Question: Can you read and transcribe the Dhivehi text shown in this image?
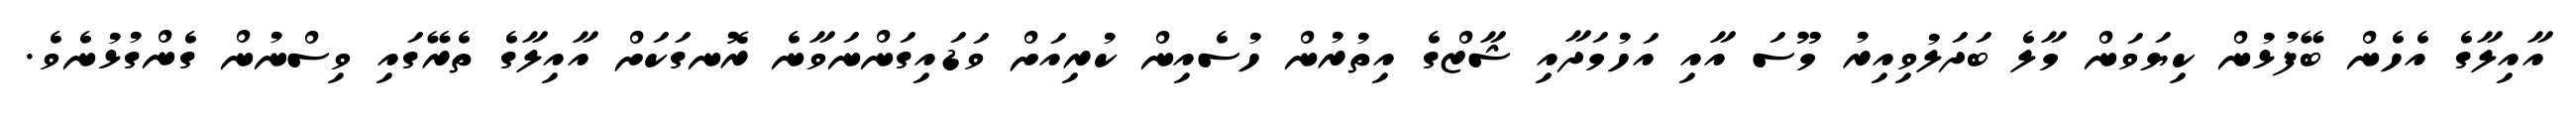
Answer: އާއިލާގެ އެހެން ބޭފުޅުން ކިޔަވަން މާލެ ބަދަލުވިއިރު މޫސަ އާއި އަހުމަދާއި ޝާޒްގެ އިތުރުން ހުސެއިން ކުރިއަށް ވަޑައިގަންނަވާނެ ރޮނގަކަށް އާއިލާގެ ތެރޭގައި ވިސްނުން ގެންގުޅުނެވެ.